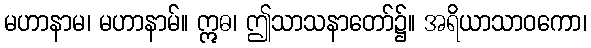
မဟာနာမ၊ မဟာနာမ်။ ဣဓ၊ ဤသာသနာတော်၌။ အရိယာသာဝကော၊